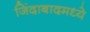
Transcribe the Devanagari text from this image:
जिंदाबादमध्ये